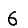
Digit: 6